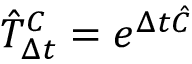
\hat { T } _ { \Delta t } ^ { C } = e ^ { \Delta t \hat { C } }